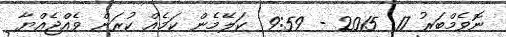
ނޮވެމްބަރު 17